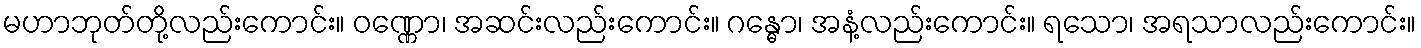
မဟာဘုတ်တို့လည်းကောင်း။ ဝဏ္ဏော၊ အဆင်းလည်းကောင်း။ ဂန္ဓော၊ အနံ့လည်းကောင်း။ ရသော၊ အရသာလည်းကောင်း။